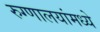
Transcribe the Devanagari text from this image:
रुग्णालयांमध्ये